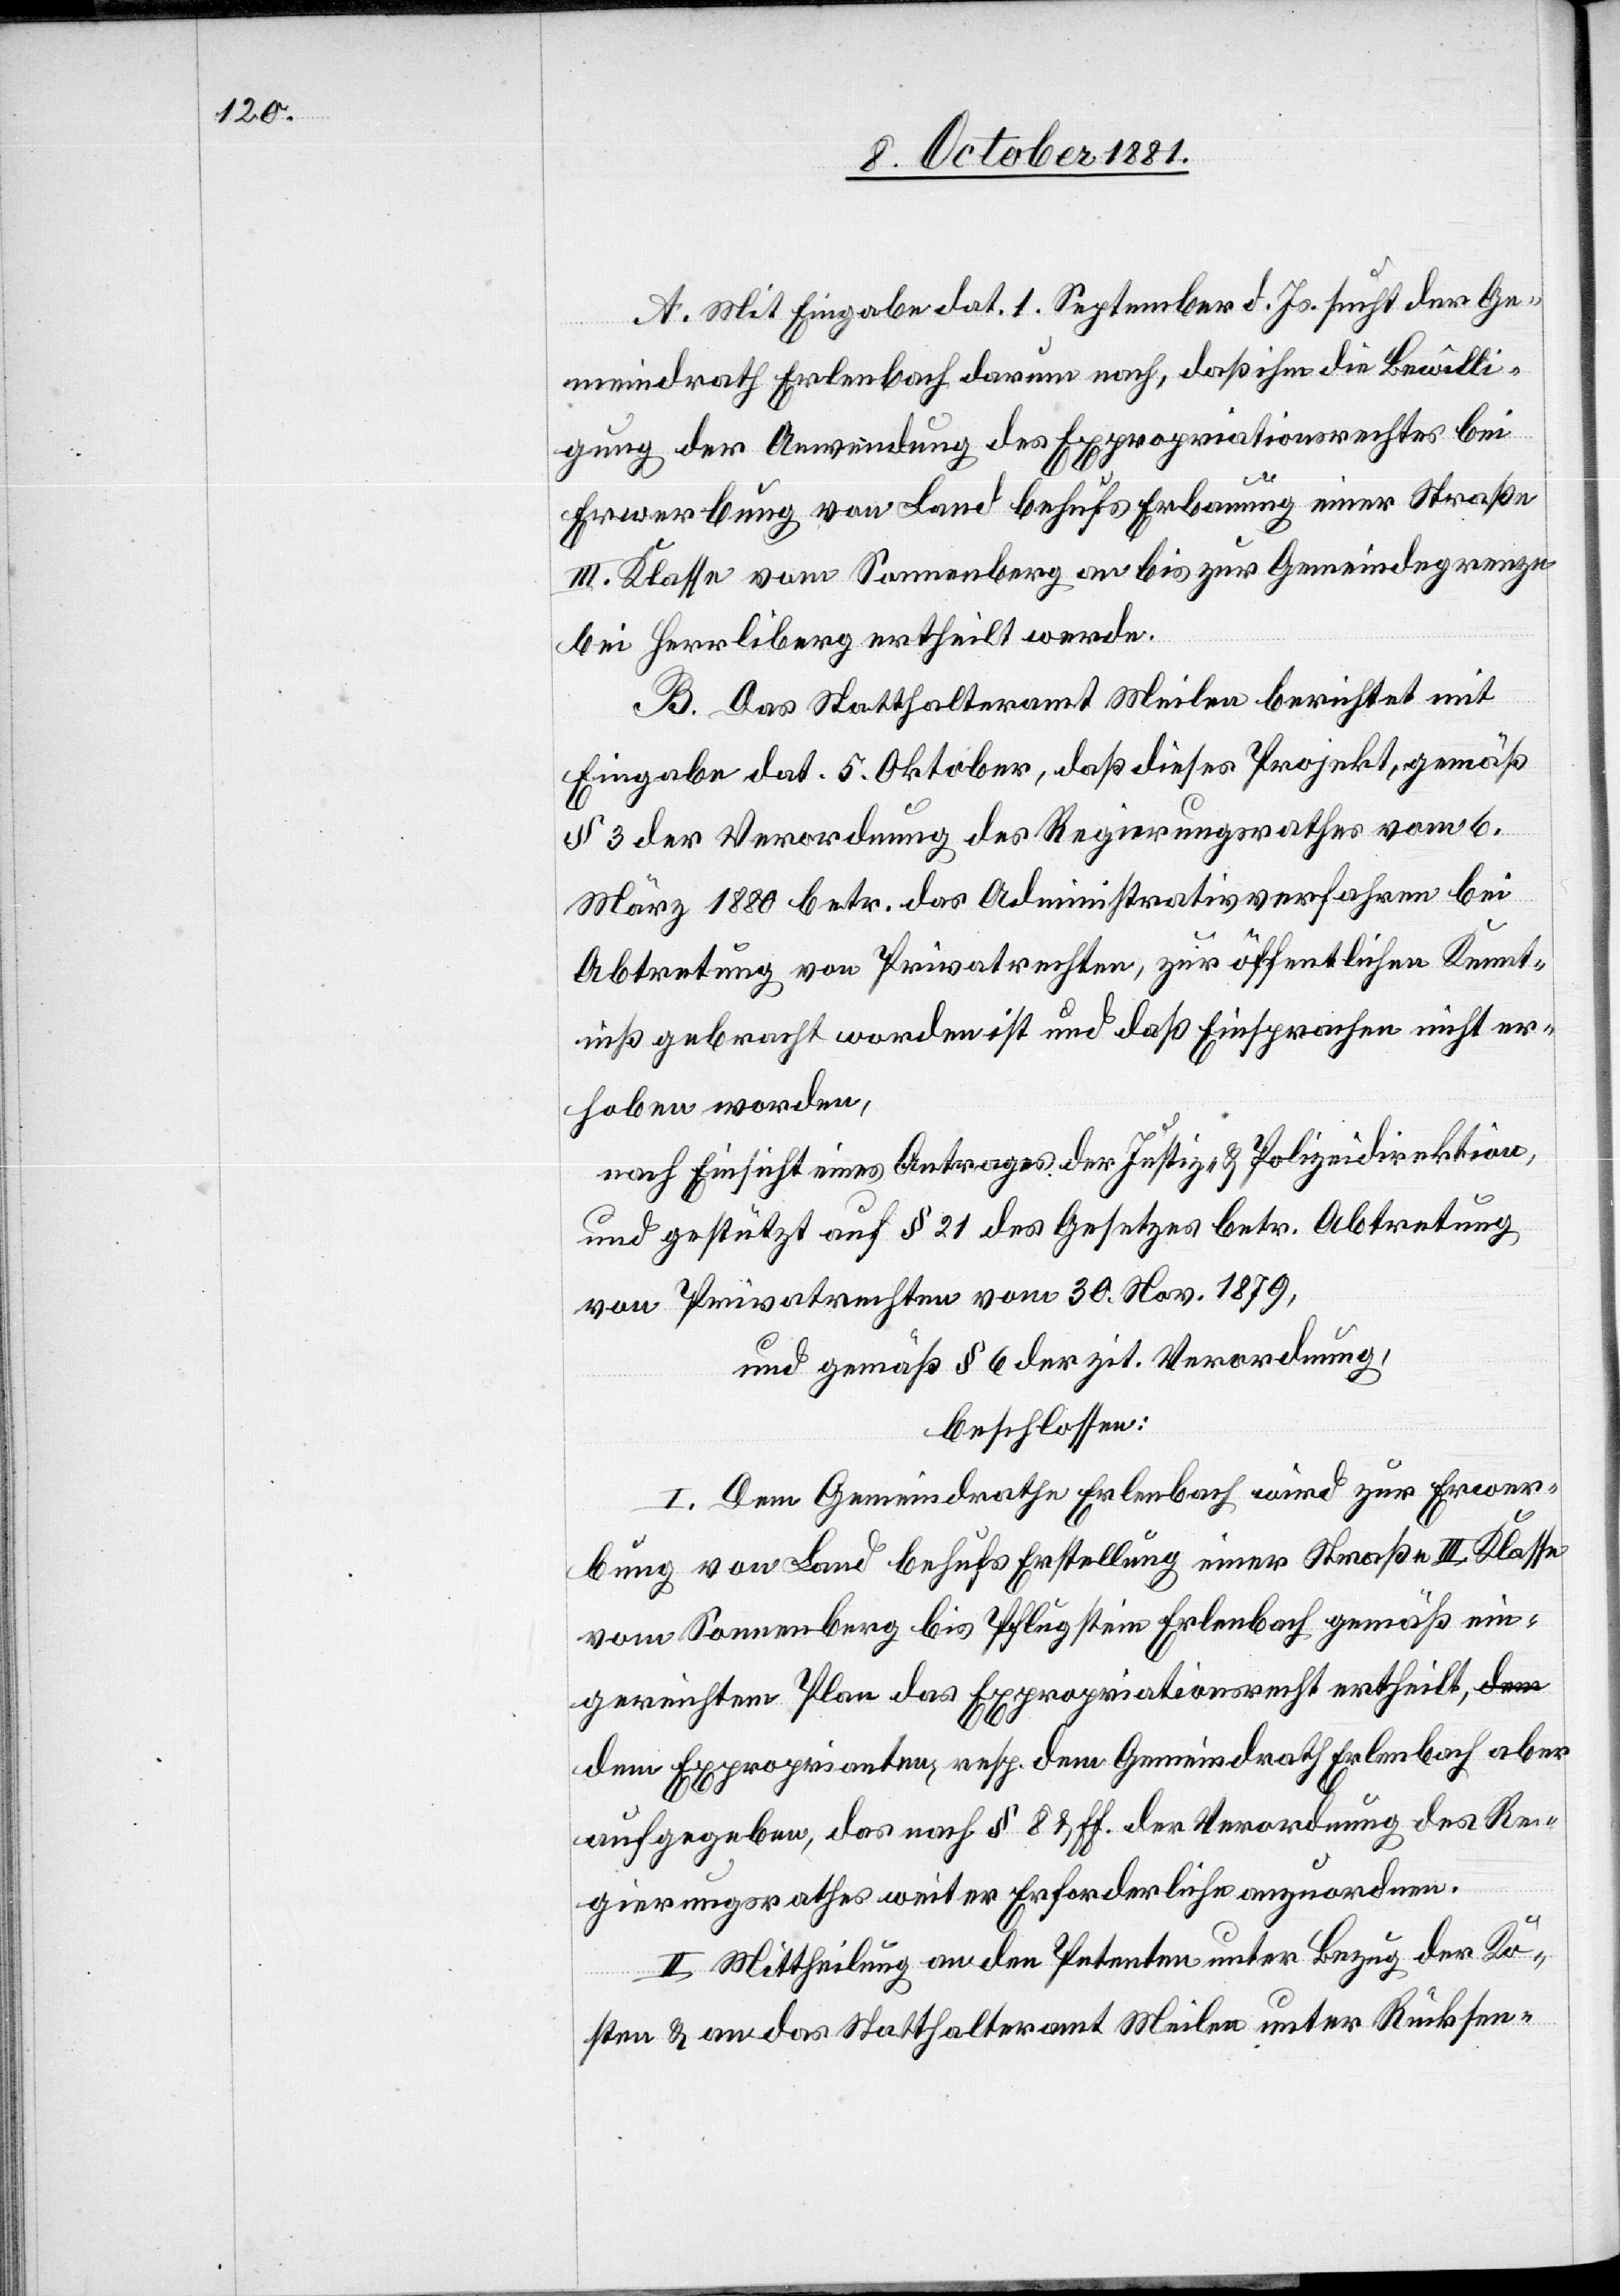
A. Mit Eingabe dat. 1. September d. Js. sucht der Ge¬
meindrath Erlenbach darum nach, daß ihm die Bewilli¬
gung der Anwendung des Expropriationsrechtes bei
Erwerbung von Land behufs Erbauung einer Straße
III. Klasse vom Sonnenberg an bis zur Gemeindegrenze
bei Herrliberg ertheilt werde.
B. Das Statthalteramt Meilen berichtet mit
Eingabe dat. 5. Oktober, daß dieses Projekt, gemäß
§ 3 der Verordnung des Regierungsrathes vom 6.
März 1880 betr. das Administrativverfahren bei
Abtretung von Privatrechten, zur öffentlichen Kennt¬
niß gebracht worden ist und daß Einsprachen nicht er¬
hoben worden,
nach Einsicht eines Antrages der Justiz- & Polizeidirektion,
und gestützt auf § 21 des Gesetzes betr. Abtretung
von Privatrechten vom 30. Nov. 1879,
und gemäß § 6 der zit. Verordnung,
beschlossen:
1. Dem Gemeindrathe Erlenbach wird zu Erwer¬
bung von Land behufs Erstellung einer Straße III. Klasse
vom Sonnenberg bis Pflugstein Erlenbach gemäß ein¬
gereichtem Plan das Expropriationsrecht ertheilt, d¬
em Exproprianten, resp. dem Gemeindrath Erlenbach aber
aufgegeben, das nach § 8 & ff. der Verordnung des Re¬
gierungsrathes weiter Erforderliche anzuordnen.
II. Mittheilung an den Petenten unter Bezug der Ko¬
sten & an das Statthalteramt Meilen unter Rücksen-